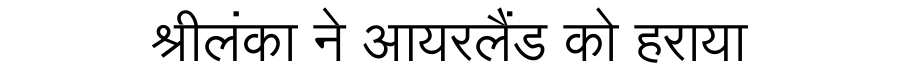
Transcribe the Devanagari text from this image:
श्रीलंका ने आयरलैंड को हराया